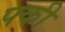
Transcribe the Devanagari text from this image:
फ्की